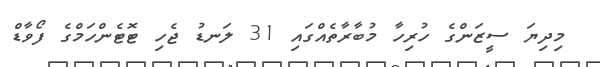
މިދިޔަ ސީޒަންގެ ހުރިހާ މުބާރާތެއްގައި 31 ލަނޑު ޖެހި ޓޮޓެންހަމްގެ ފޯވާޑް